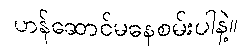
ဟန်ဆောင်မနေစမ်းပါနဲ့။